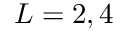
L = 2 , 4